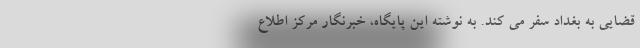
قضایی به بغداد سفر می کند. به نوشته این پایگاه، خبرنگار مرکز اطلاع